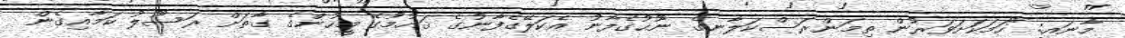
މާނައީ: "ހަމަކަށަވަރުން ތިމަންރަސްކަލާނގެ ނޫޙުގެފާނު އެކަލޭގެފާނުގެ ޤައުމުގެ މީހުންގެ ގާތަށް ރަސޫލު ކަމާއިގެން